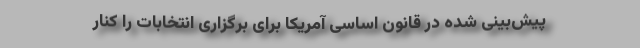
پیش‌بینی شده در قانون اساسی آمریکا برای برگزاری انتخابات را کنار